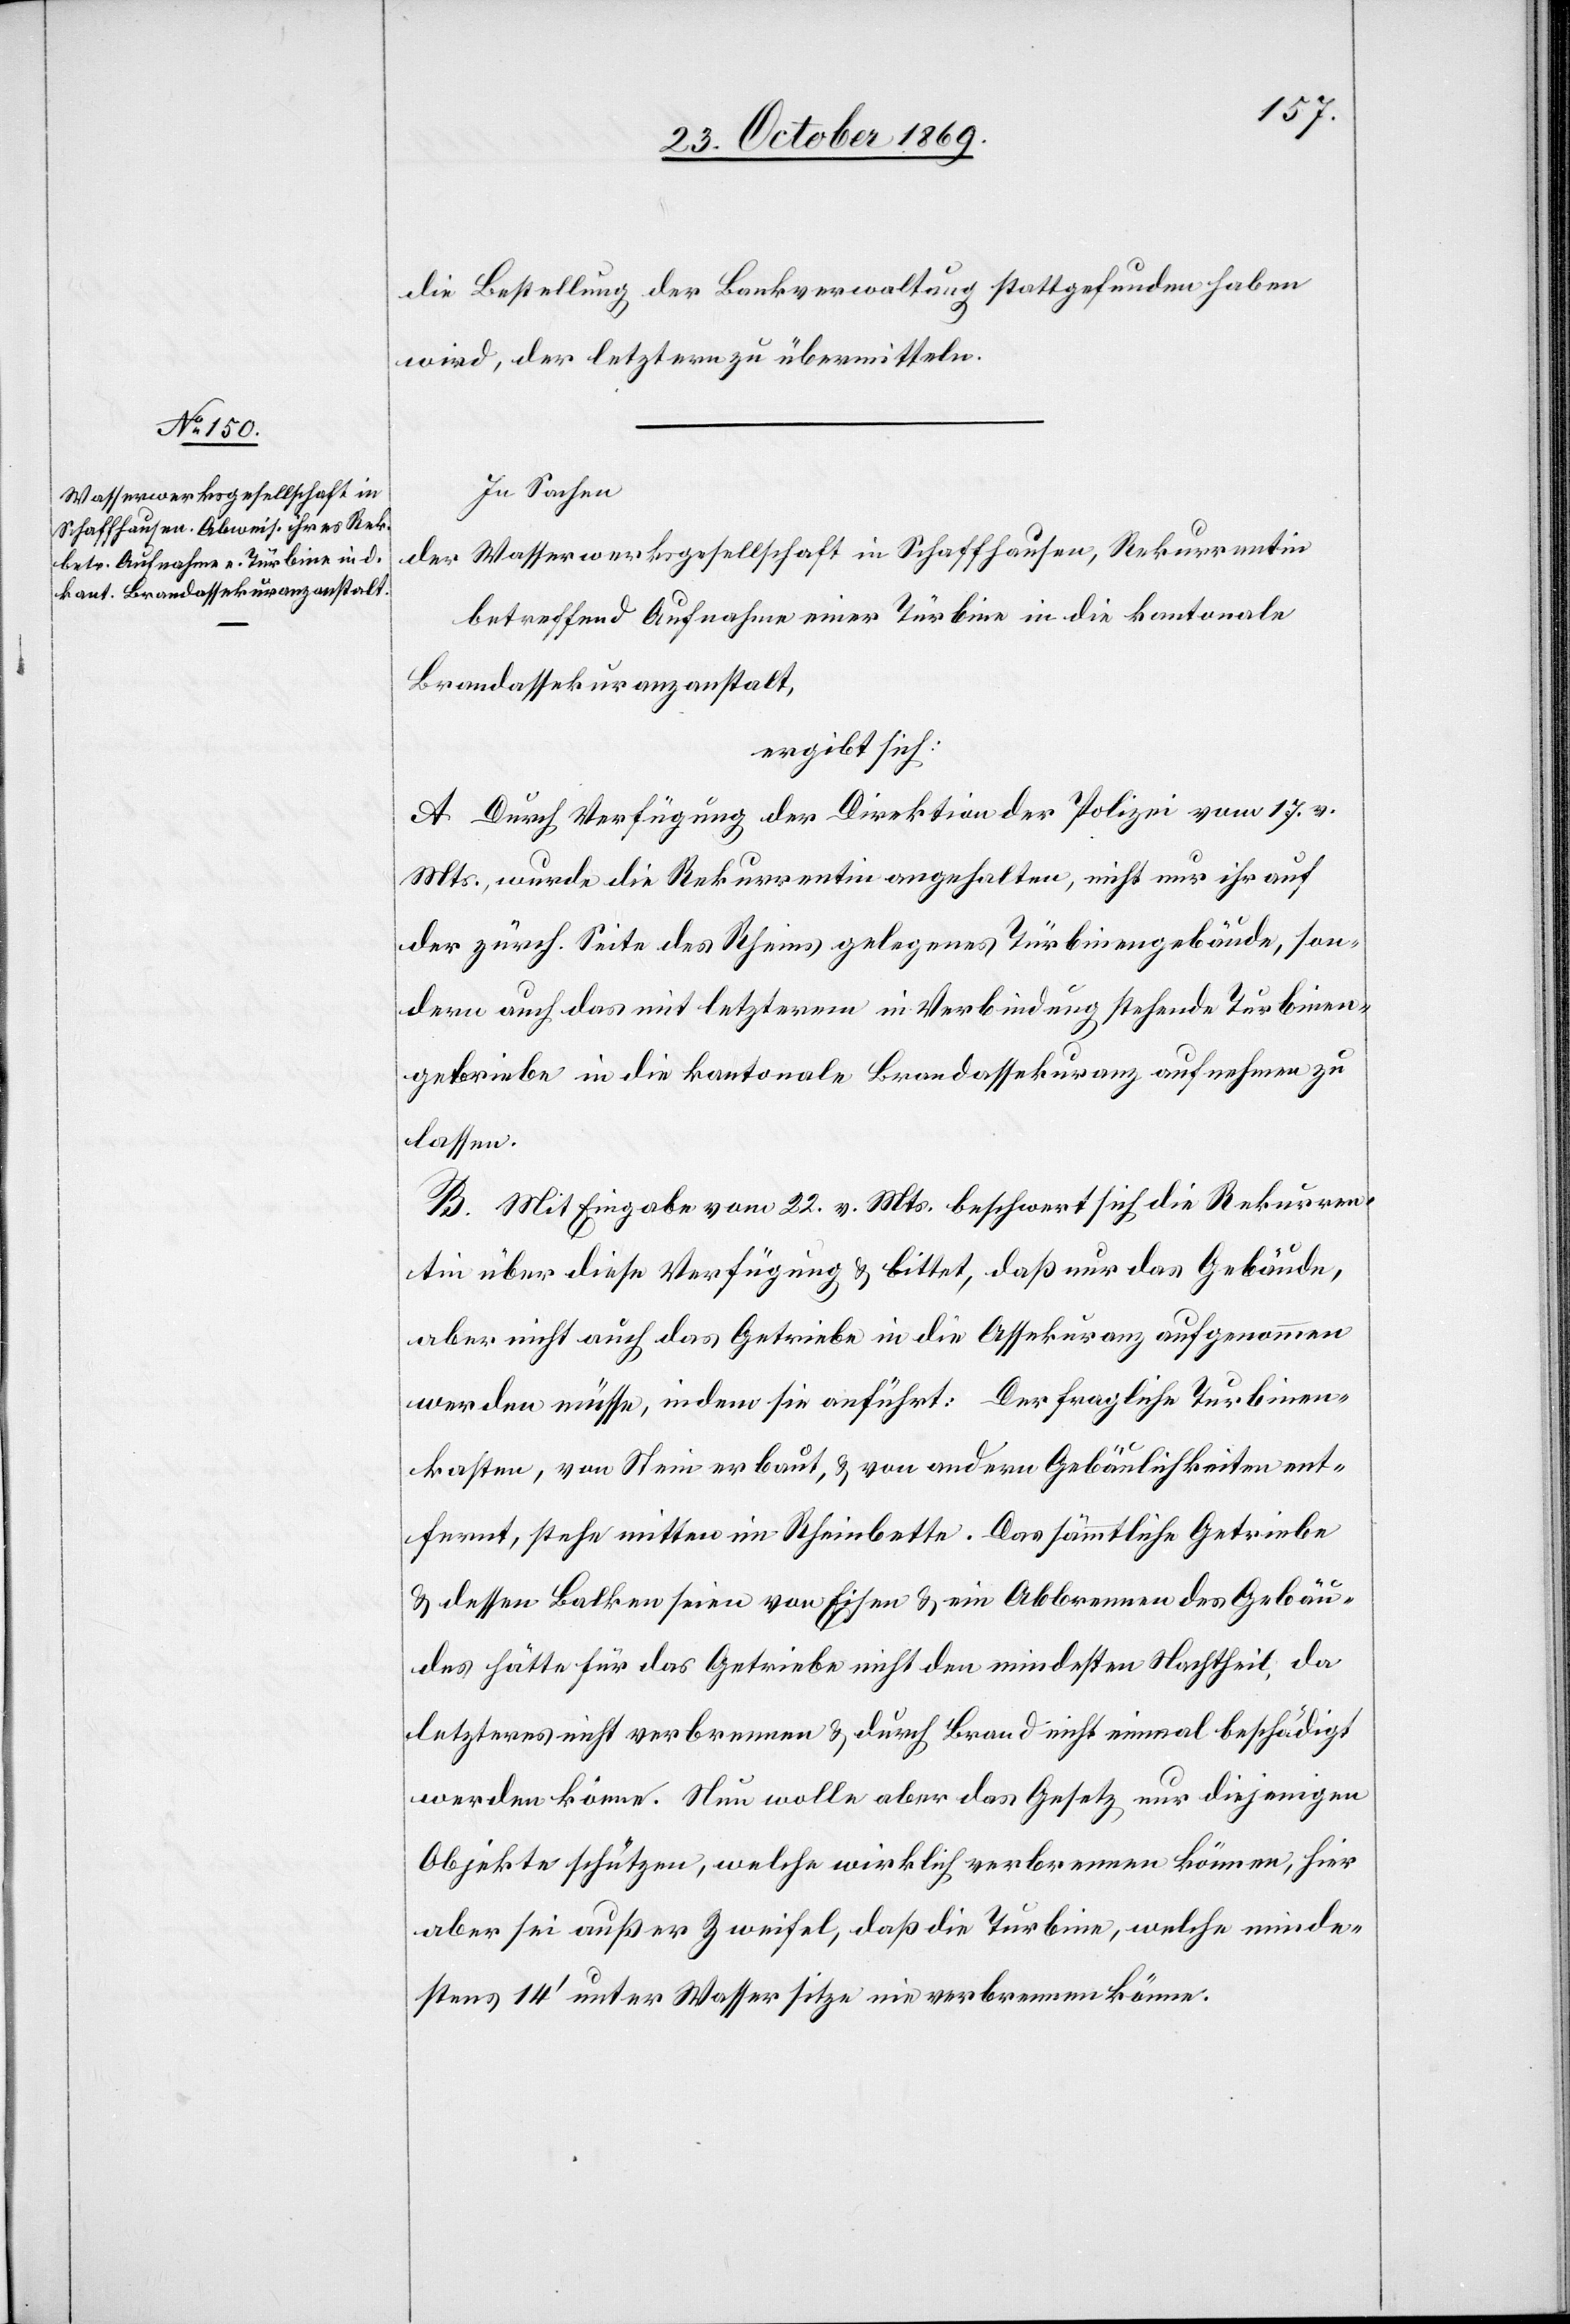
die Bestellung der Bankverwaltung stattgefunden haben
wird, der letztern zu übermitteln.
In Sachen
der Wasserwerksgesellschaft in Schaffhausen, Rekurrentin
betreffend Aufnahme einer Türbine in die kantonale
Brandassekuranzanstalt,
ergibt sich:
A. Durch Verfügung der Direktion der Polizei vom 17. v.
Mts., wurde die Rekurrentin angehalten, nicht nur ihr auf
der zürch. Seite des Rheins gelegenes Türbinengebäude, son¬
dern auch das mit letzterem in Verbindung stehende Turbinen¬
getriebe in die kantonale Brandassekuranz aufnehmen zu
lassen.
B. Mit Eingabe vom 22. v. Mts. beschwert sich die Rekurren¬
tin über diese Verfügung & bittet, daß nur das Gebäude,
aber nicht auch das Getriebe in die Assekuranz aufgenommen
werden müsse, indem sie anführt: Der fragliche Turbinen¬
kasten, von Stein erbaut, & von andern Gebäulichkeiten ent¬
fernt, stehe mitten im Rheinbette. Das sämmtliche Getriebe
& dessen Balken seien von Eisen & ein Abbrennen des Gebäu¬
des hätte für das Getriebe nicht den mindesten Nachtheil, da
letzteres nicht verbrennen & durch Brand nicht einmal beschädigt
werden könne. Nun wolle aber das Gesetz nur diejenigen
Objekte schützen, welche wirklich verbrennen können, hier
aber sei außer Zweifel, daß die Turbine, welche minde¬
stens 14‘ unter Wasser sitze nie verbrennen könne.